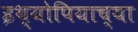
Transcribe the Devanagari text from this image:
इथ्योपियाच्या